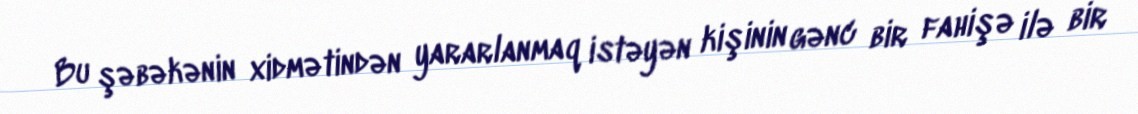
Bu şəbəkənin xidmətindən yararlanmaq istəyən kişinin gənc bir fahişə ilə bir